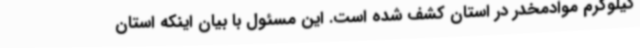
کیلوگرم موادمخدر در استان کشف شده است. این مسئول با بیان اینکه استان